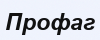
Профаг